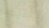
بالمدينه